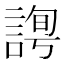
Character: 𧩛